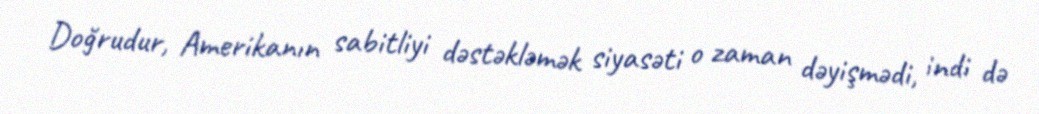
Doğrudur, Amerikanın sabitliyi dəstəkləmək siyasəti o zaman dəyişmədi, indi də